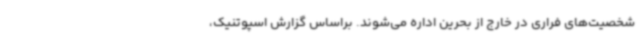
شخصیت‌های فراری در خارج از بحرین اداره می‌شوند. براساس گزارش اسپوتنیک،